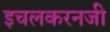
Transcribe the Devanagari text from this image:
इचलकरनजी